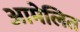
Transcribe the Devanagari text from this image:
आमेलित